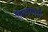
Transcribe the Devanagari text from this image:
पिलामारों